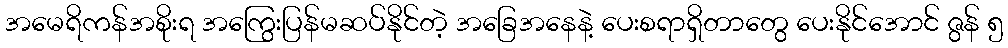
အမေရိကန်အစိုးရ အကြွေးပြန်မဆပ်နိုင်တဲ့ အခြေအနေနဲ့ ပေးစရာရှိတာတွေ ပေးနိုင်အောင် ဇွန် ၅